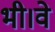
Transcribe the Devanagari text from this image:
भी।वे